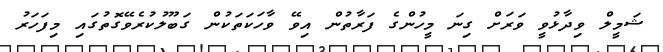
ޝަމީލް ވިދާޅުވީ ވަރަށް ގިނަ މީހުންގެ ފަރާތުން އިވޭ ވާހަކަތަކުން ގަބޫލުކުރެވޭގޮތުގައި މިފަހަރު